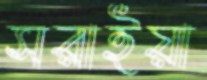
সরাইয়া